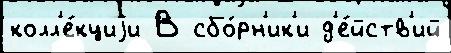
колл'е́кциjи В сбо́рн'ик'и д'е́йств'ий